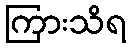
ကြားသိရ